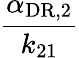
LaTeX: \frac{\alpha_{\mathrm{DR},2}}{k_{21}}